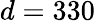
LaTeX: d=330